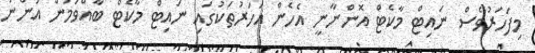
މިފަހަރުވެސް ނައިޓް މާކެޓް އޮންނާނީ އެހެން އަހަރުތަކުގައި ނައިޓް މާކެޓް ބާއްވަމުން އަންނަ